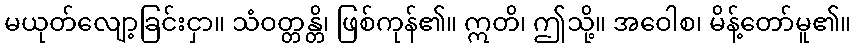
မယုတ်လျော့ခြင်းငှာ။ သံဝတ္တန္တိ၊ ဖြစ်ကုန်၏။ ဣတိ၊ ဤသို့။ အဝေါစ၊ မိန့်တော်မူ၏။